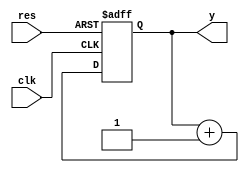
//2022-7-22 shin
//
`timescale 1ns/10ps
module counter(clk, res, y);
    input           clk;
    input           res;
    output[7:0]     y;

    reg[7:0]        y;

    //wire[7:0]       sum;//+1
    //assign          sum=y+1;//
    
    //
    always@(posedge clk or negedge res)
    if(~res)begin
        y<=0;
    end
    else begin
        //y<=sum;
        y<=y+1;
    end

endmodule

// testbench
module counter_tb;
    reg             clk,res;
    wire[7:0]       y;

    counter counter(.clk(clk), .res(res), .y(y));

    initial begin
        #0000       clk<=0; res<=0;
        #0017       res<=1;
        #6000       $stop;
    end

    always #5 clk<=~clk; // 

endmodule